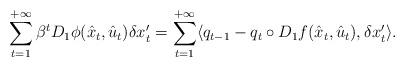
LaTeX: \begin{align*}\sum_{t=1}^{+\infty} \beta^t D_1 \phi(\hat{x}_t, \hat{u}_t) \delta x'_t = \sum_{t=1}^{+\infty} \langle q_{t-1} -q_t \circ D_1 f(\hat{x}_t, \hat{u}_t), \delta x'_t \rangle.\end{align*}